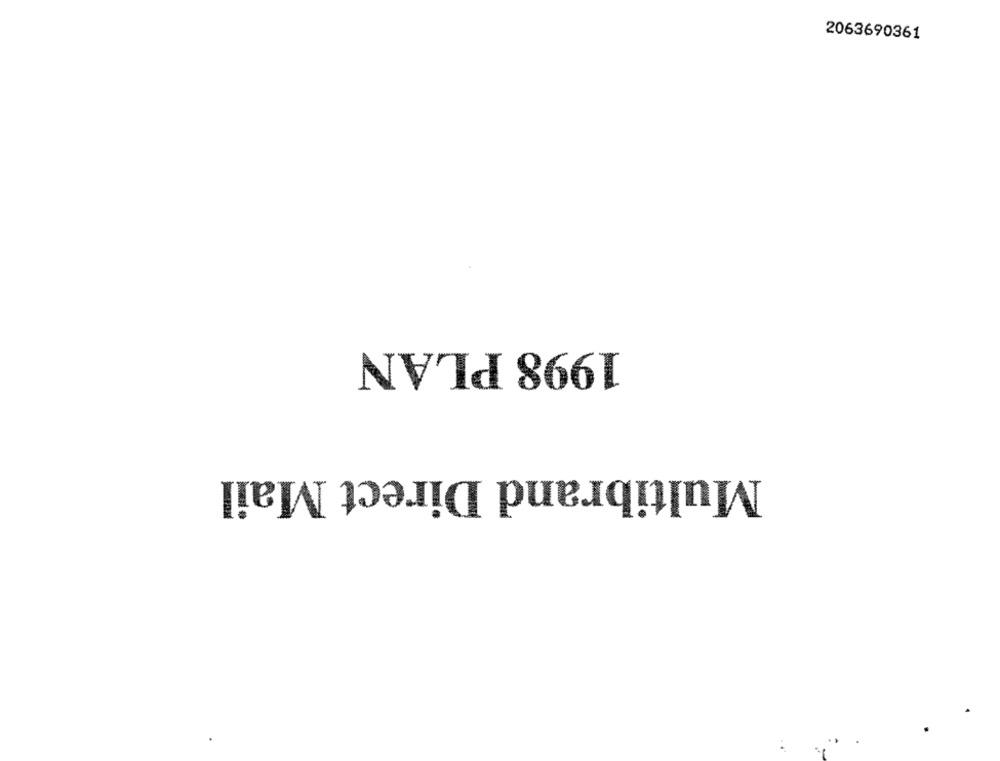
2063690361
1998 PLAN
Multibrand Direct Mail